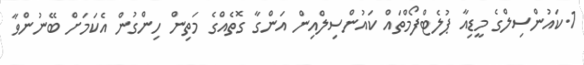
1.ކައުންސިލްގެ މީޑިއާ ޕުލެޓްފޯމްތައް ކައުންސިލްއިން އަންގާ ގޮތެއްގެ މަތިން ހިންގުން އެކަމަށް ބޭނުންވާ